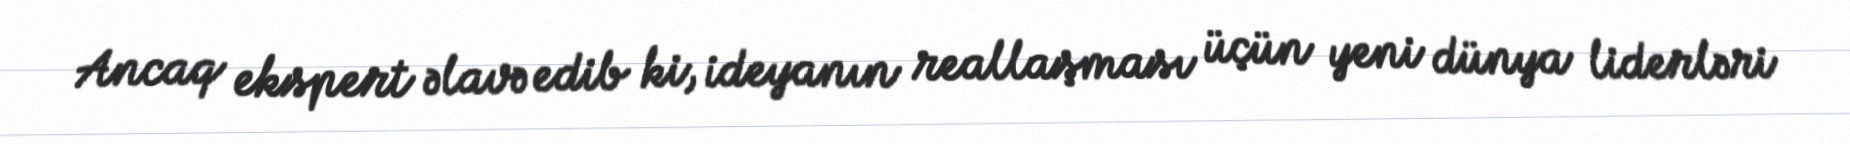
Ancaq ekspert əlavə edib ki, ideyanın reallaşması üçün yeni dünya liderləri